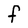
Character: f